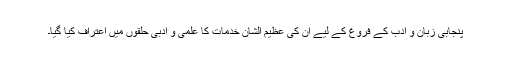
پنجابی زبان و ادب کے فروغ کے لیے ان کی عظیم الشان خدمات کا علمی و ادبی حلقوں میں اعتراف کیا گیا۔